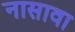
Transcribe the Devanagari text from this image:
नासावा